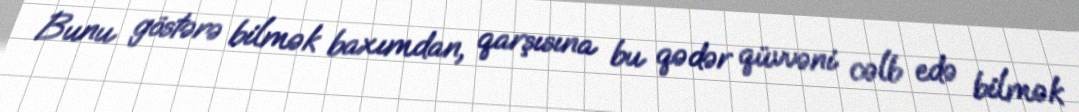
Bunu göstərə bilmək baxımdan, qarşısına bu qədər qüvvəni cəlb edə bilmək